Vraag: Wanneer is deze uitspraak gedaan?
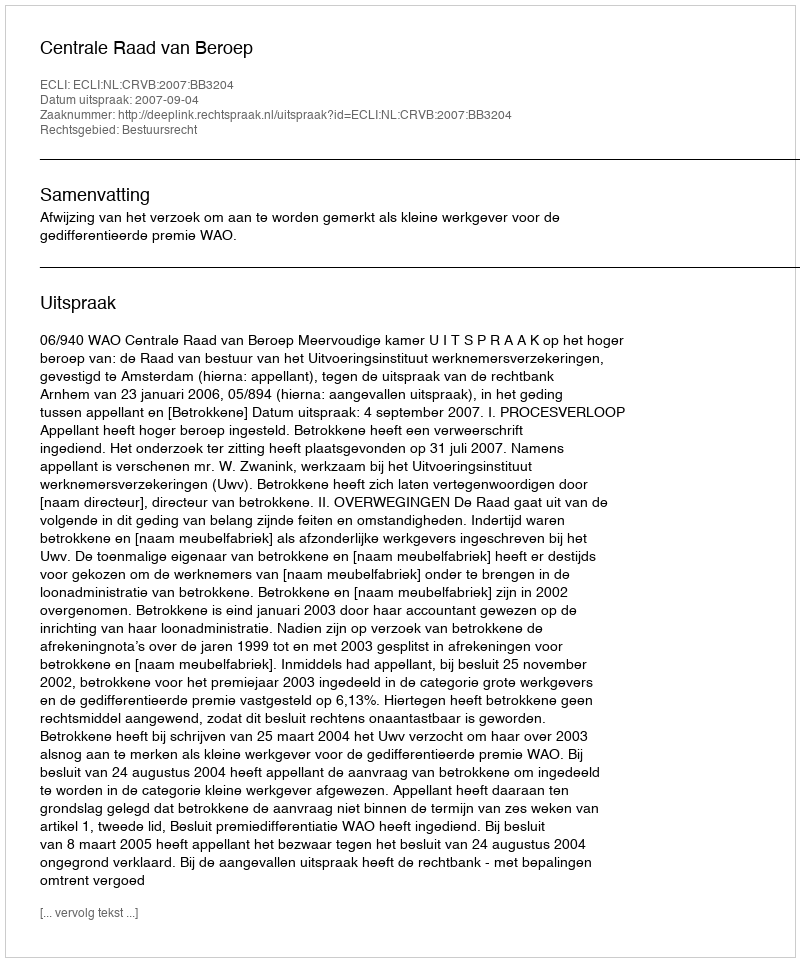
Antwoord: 2007-09-04